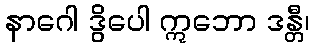
နာဂေါ ဒွိပေါ ဣဘော ဒန္တီ၊